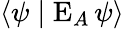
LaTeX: \langle\psi\mid\operatorname{E}_{A}\psi\rangle